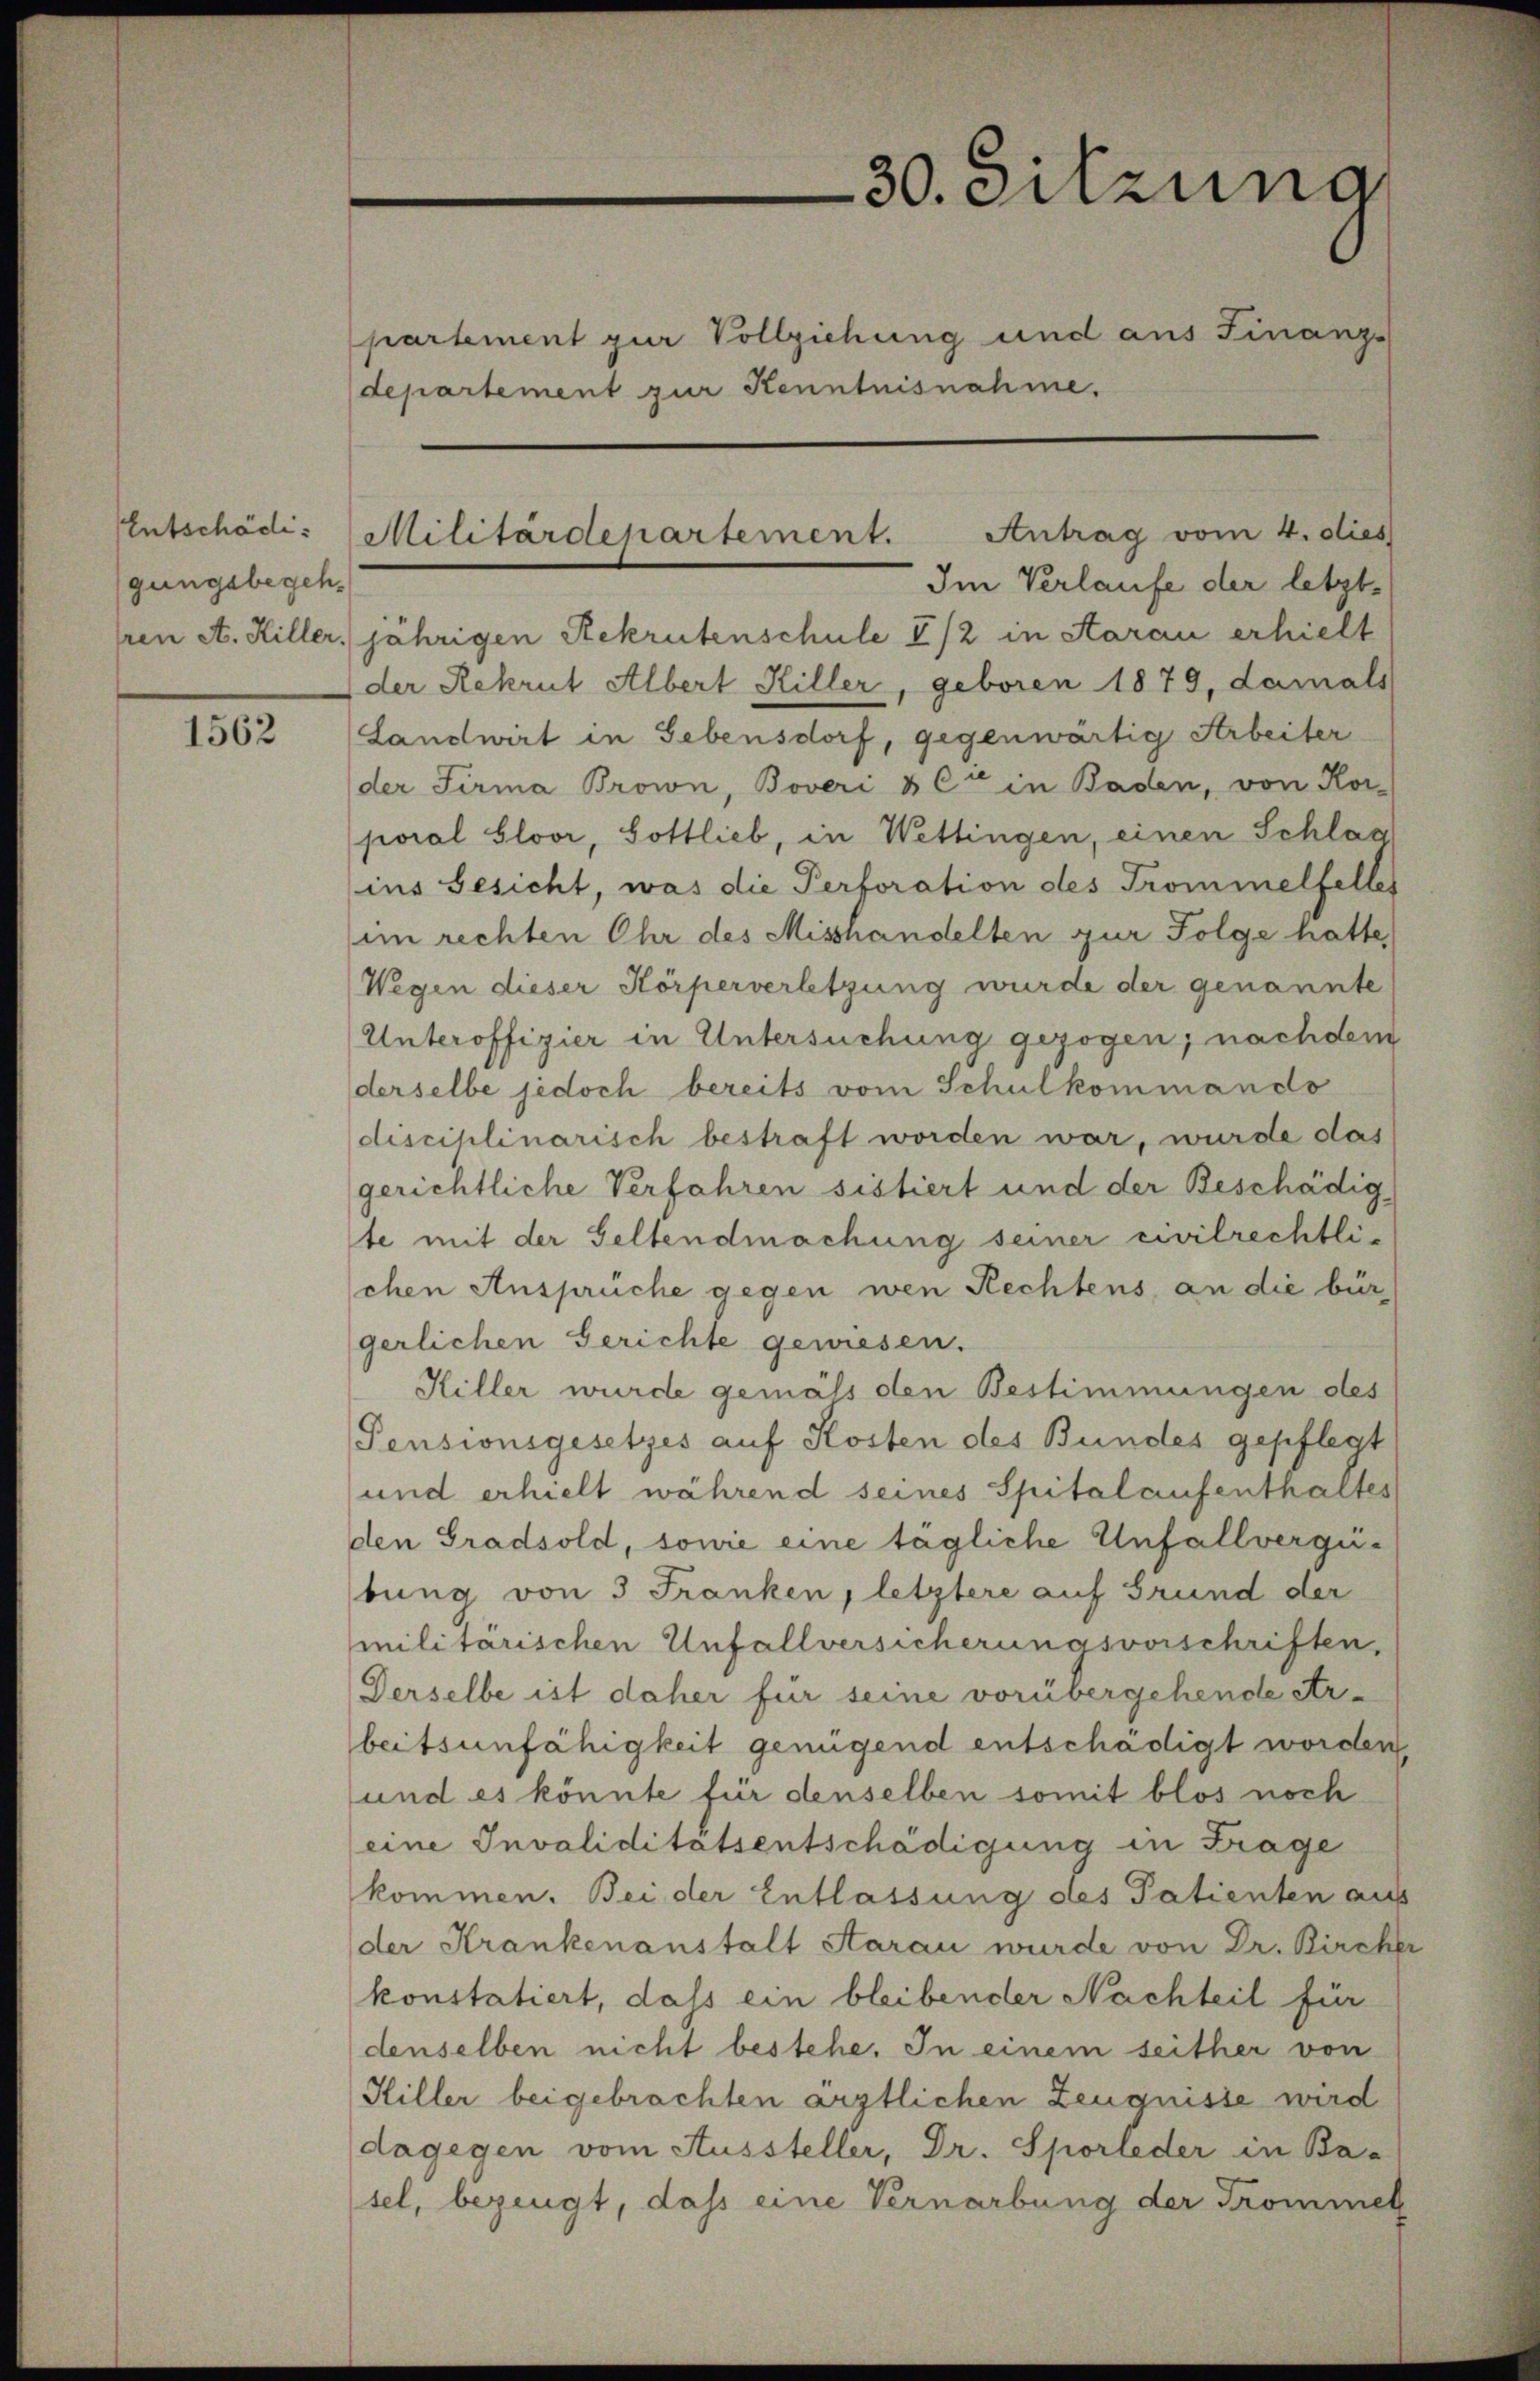
gungsbegeh¬

1562

departement zur Kenntnisnahme.

30. Sitzung
partement zur Vollziehung und aus Finanz-

Antrag vom 4. dies
Entschädi- Militärdepartement.

Im Verlaufe der letzte
ren A. Hiller, jährigen Rekrutenschule I /2 in Aarau erhielt
der Rekrut Albert Hiller, geboren 1879, damals
Landwirt in Gebensdorf, gegenwärtig Arbeiter
der Firma Brown, Boveri & Cie in Baden, von Kor-
poral Gloor, Gottlieb, in Wettingen, einen Schlag
ins Gesicht, was die Perforation des Trommelfelles
im rechten Ohr des Misshandelten zur Folge hatte
Wegen dieser Körperverletzung wurde der genannte
Unteroffizier in Untersuchung gezogen; nachdem
derselbe jedoch bereits vom Schulkommando
disciplinarisch bestraft worden war, wurde das
gerichtliche Verfahren sistiert und der Beschädig
te mit der Geltendmachung seiner civilrechtlichen Ansprüche gegen wen Rechtens, an die bür-
gerlichen Gerichte gewiesen.
Hiller wurde gemäss den Bestimmungen des
Pensionsgesetzes auf Kosten des Bundes gepflegt
und erhielt während seines Spitalaufenthaltes
den Gradsold, sowie eine tägliche Unfallvergübung von 3 Franken, letztere auf Grund der
militärischen Unfallversicherungsvorschriften.
Derselbe ist daher für seine vorübergehende Arbeitsunfähigkeit genügend entschädigt worden,
und es könnte für denselben somit blos noch
(eine Invaliditätsentschädigung in Frage
kommen. Bei der Entlassung des Patienten aus
der Krankenanstalt Aarau wurde von Dr. Bircher
konstatiert, dass ein bleibender Nachteil für
denselben nicht bestehe. In einem seither von
Hiller beigebrachten ärztlichen Zeugnisse wird
dagegen vom Aussteller, Dr. Sporleder in Ba-
sel, bezeugt, daß eine Vernarbung der Trommen